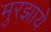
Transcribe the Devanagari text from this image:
मुरझाये